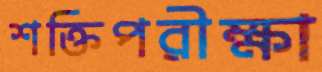
শক্তিপরীক্ষা